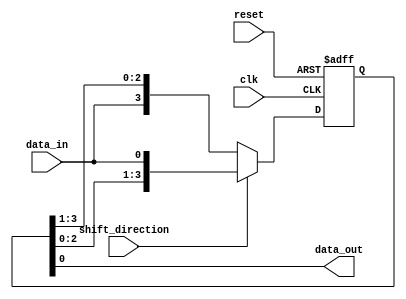
module SISO_shift_register (
    input data_in,
    input clk,
    input reset,
    input shift_direction, // 0 for right shift, 1 for left shift
    output reg data_out
);

reg [3:0] shift_reg;

always @(posedge clk or posedge reset) begin
    if (reset) begin
        shift_reg <= 4'b0000;
    end else begin
        if (shift_direction) begin // Left shift
            shift_reg <= {shift_reg[2:0], data_in};
        end else begin // Right shift
            shift_reg <= {data_in, shift_reg[3:1]};
        end
    end
end

assign data_out = shift_reg[0];

endmodule